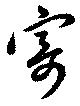
寄